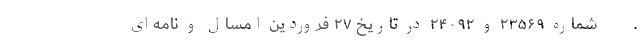
‌.        ‌ شماره ۲۳۵۶۹ و ۲۴۰۹۲ در تاریخ ۲۷ فروردین امسال و نامه‌ای